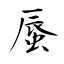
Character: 蜃